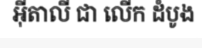
អ៊ីតាលី ជា លើក ដំបូង